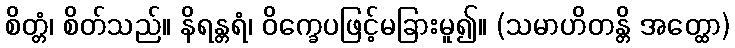
စိတ္တံ၊ စိတ်သည်။ နိရန္တရံ၊ ဝိက္ခေပဖြင့်မခြားမူ၍။ (သမာဟိတန္တိ အတ္ထော)